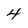
Character: 4